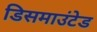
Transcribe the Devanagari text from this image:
डिसमाउंटेड